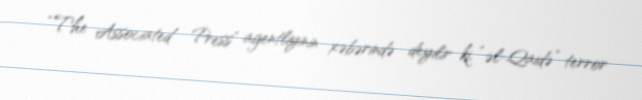
“The Associated Press” agentliyinin xəbərində deyilir ki, “əl-Qaidə” terror